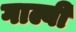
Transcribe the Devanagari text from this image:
गाल्बी